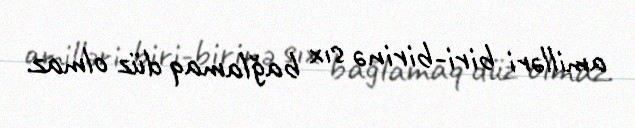
amilləri biri-birinə sıx bağlamaq düz olmaz.